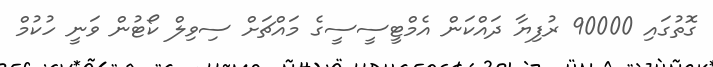
ގޮތުގައި 90000 ރުފިޔާ ދައްކަން އެމްޓީސީސީގެ މައްޗަށް ސިވިލް ކޯޓުން ވަނީ ހުކުމް